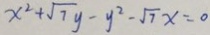
x ^ { 2 } + \sqrt { 7 } y - y ^ { 2 } - \sqrt { 7 } x = 0